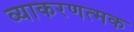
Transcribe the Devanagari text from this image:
व्याकरणत्मक